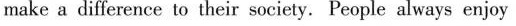
make a difference to their society. People always enjoy